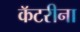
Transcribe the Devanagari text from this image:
कॅटरीना